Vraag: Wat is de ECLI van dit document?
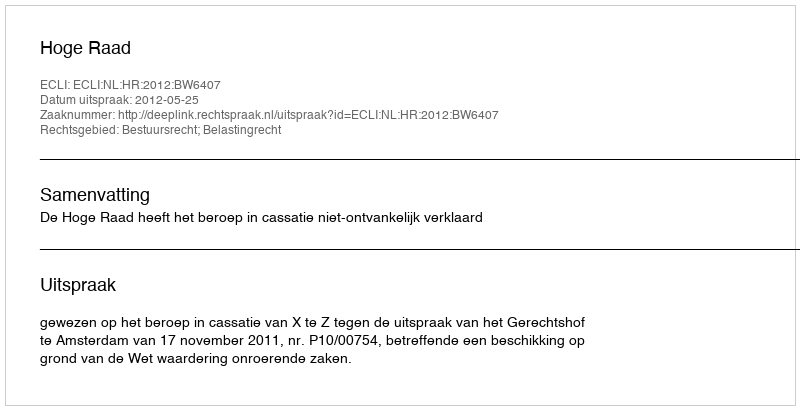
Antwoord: ECLI:NL:HR:2012:BW6407